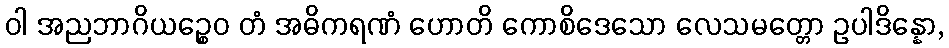
ဝါ အညဘာဂိယဉ္စေဝ တံ အဓိကရဏံ ဟောတိ ကောစိဒေသော လေသမတ္တော ဥပါဒိန္နော,